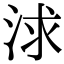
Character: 浗